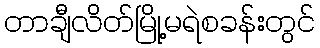
တာချီလိတ်မြို့မရဲစခန်းတွင်